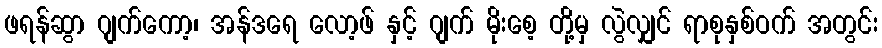
ဖရန်ဆွာ ဂျက်ကော့၊ အန်ဒရေ လော့ဖ် နှင့် ဂျက် မိုးစေ့ တို့မှ လွဲလျှင် ရာစုနှစ်ဝက် အတွင်း